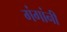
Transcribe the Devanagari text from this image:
गंगांनी